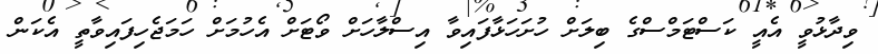
ވިދާޅުވީ އެއީ ކަސްޓަމްސްގެ ބިލަށް ހުށަހަޅާފައިވާ އިސްލާހަށް ވޯޓަށް އެހުމަށް ހަމަޖެހިފައިވާތީ އެކަން